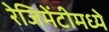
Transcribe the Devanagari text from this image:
रेजिमेंटीमध्ये